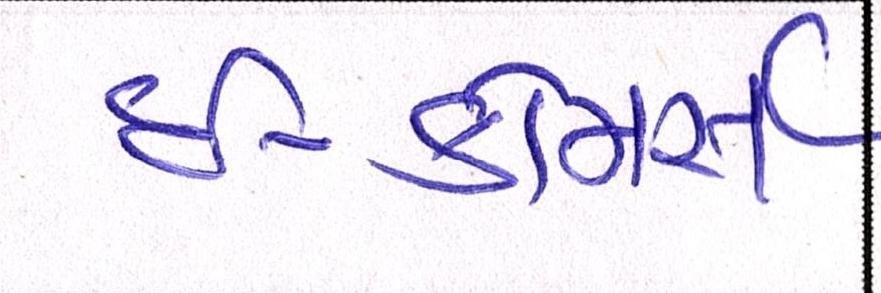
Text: ઇ-કોમસૅ